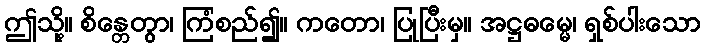
ဤသို့။ စိန္တေတွာ၊ ကြံစည်၍။ ကတော၊ ပြုပြီးမှ။ အဋ္ဌဓမ္မေ၊ ရှစ်ပါးသော